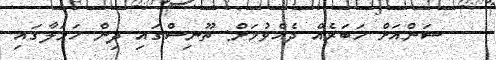
ސަންއަށް ޚަބަރެއް ދެއްވުމަށް: ތޫނިސްގައި ދިން ހަމަލާގައި